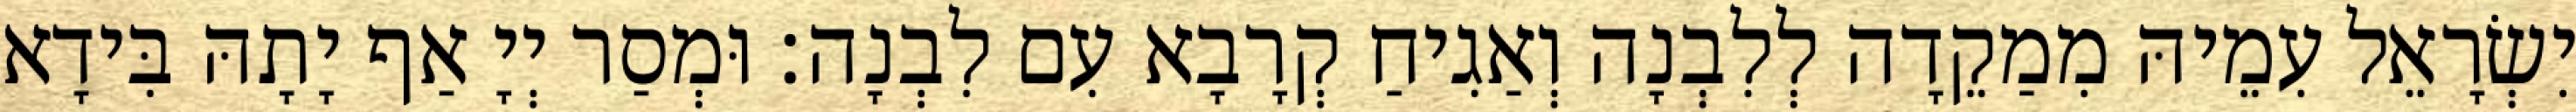
יִשְׂרָאֵל עִמֵיהּ מִמַקֵדָה לְלִבְנָה וְאַגִיחַ קְרָבָא עִם לִבְנָה׃ וּמְסַר יְיָ אַף יָתָהּ בִּידָא